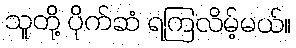
သူတို့ ပိုက်ဆံ ရကြလိမ့်မယ်။